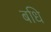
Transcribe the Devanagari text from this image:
बधि